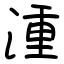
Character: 湩